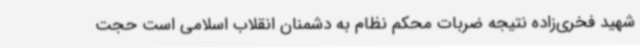
شهید فخری‌زاده نتیجه ضربات محکم نظام به دشمنان انقلاب اسلامی است حجت